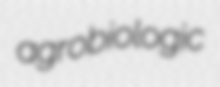
agrobiologic